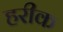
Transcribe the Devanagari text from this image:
हरीक